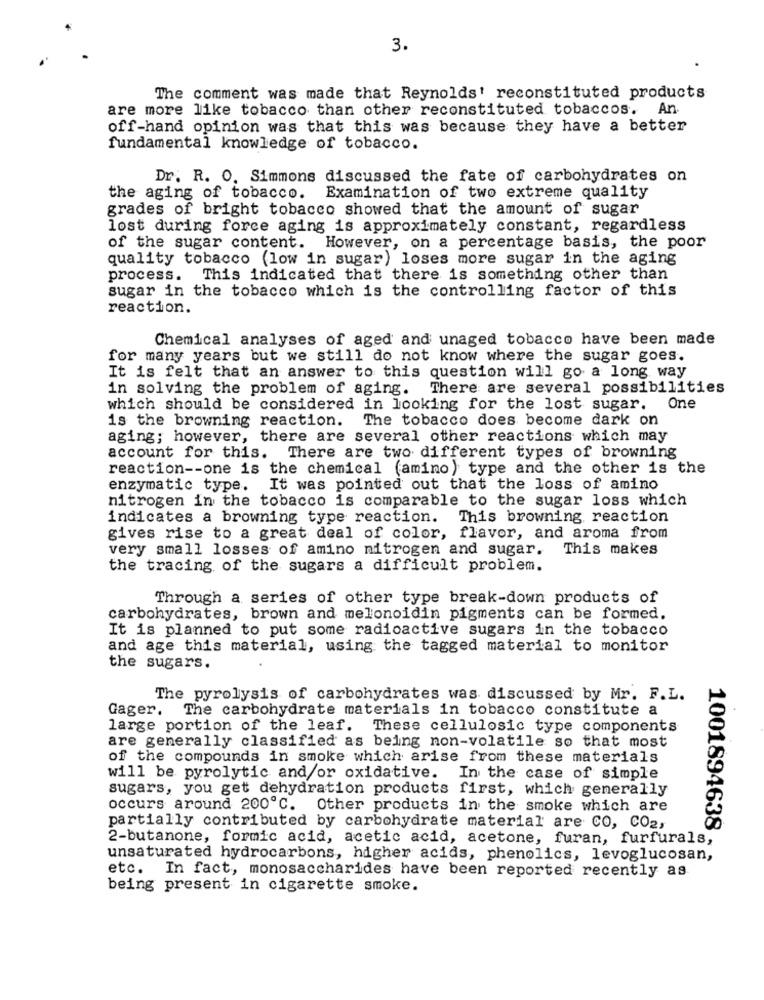
3.
The comment was made that Reynolds' reconstituted products
are more like tobacco than other reconstituted tobaccos. An
off-hand opinion was that this was because they have a better
fundamental knowledge of tobacco.
Dr. R. O. Simmons discussed the fate of carbohydrates on
the aging of tobacco. Examination of two extreme quality
grades of bright tobacco showed that the amount of sugar
lost during force aging is approximately constant, regardless
of the sugar content. However, on a percentage basis, the poor
quality tobacco (low in sugar) loses more sugar in the aging
process. This indicated that there is something other than
sugar in the tobacco which is the controlling factor of this
reaction.
Chemical analyses of aged' and unaged tobacco have been made
for many years but we still do not know where the sugar goes.
It is felt that an answer to this question will go a long way
in solving the problem of aging. There are several possibilities
which should be considered in looking for the lost sugar. One
is the browning reaction. The tobacco does become dark on
aging; however, there are several other reactions which may
account for this. There are two different types of browning
reaction -- one is the chemical (amino) type and the other is the
enzymatic type. It was pointed out that the loss of amino
nitrogen in the tobacco is comparable to the sugar loss which
indicates a browning type reaction. This browning reaction
gives rise to a great deal of color, flavor, and aroma from
very small losses of amino nitrogen and sugar. This makes
the tracing of the sugars a difficult problem.
Through a series of other type break-down products of
carbohydrates, brown and melonoidin pigments can be formed.
It is planned to put some radioactive sugars in the tobacco
and age this material, using the tagged material to monitor
the sugars.
The pyrolysis of carbohydrates was discussed by Mr. F.L.
Gager.
The carbohydrate materials in tobacco constitute a
large portion of the leaf.
These cellulosic type components
are generally classified as being non-volatile so that most
of the compounds in smoke which arise from these materials
will be pyrolytic and/or oxidative. In the case of simple
sugars, you get dehydration products first, which generally
occurs around 2000℃. Other products in the smoke which are
partially contributed by carbohydrate material are CO, CO2,
1001894638
2-butanone, formic acid, acetic acid, acetone, furan, furfurals,
unsaturated hydrocarbons, higher acids, phenolics, levoglucosan,
etc. In fact, monosaccharides have been reported recently as
being present in cigarette smoke.